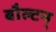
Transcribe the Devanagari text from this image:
बौल्‍टन्‌